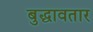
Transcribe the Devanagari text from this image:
बुद्धावतार